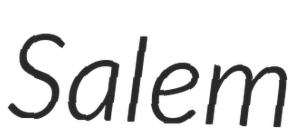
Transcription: Salem